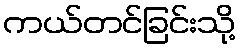
ကယ်တင်ခြင်းသို့